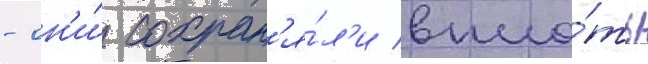
- он'и́ сохран'я́л'и впло́ть